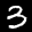
Label: 3